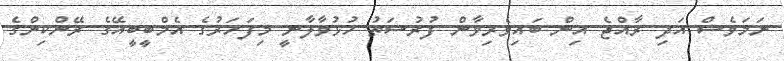
ނަމަވެސް އަދި ރާއްޖެ އިން ބައިވެރިވާން ފުރުސަތު ހުޅުވާލާނީ މިފަހަރުގެ އެމްބީބީއޭގެ ރޭންކިންގެ